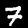
Label: 7